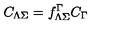
C _ { \Lambda \Sigma } = f _ { \Lambda \Sigma } ^ { \Gamma } C _ { \Gamma }